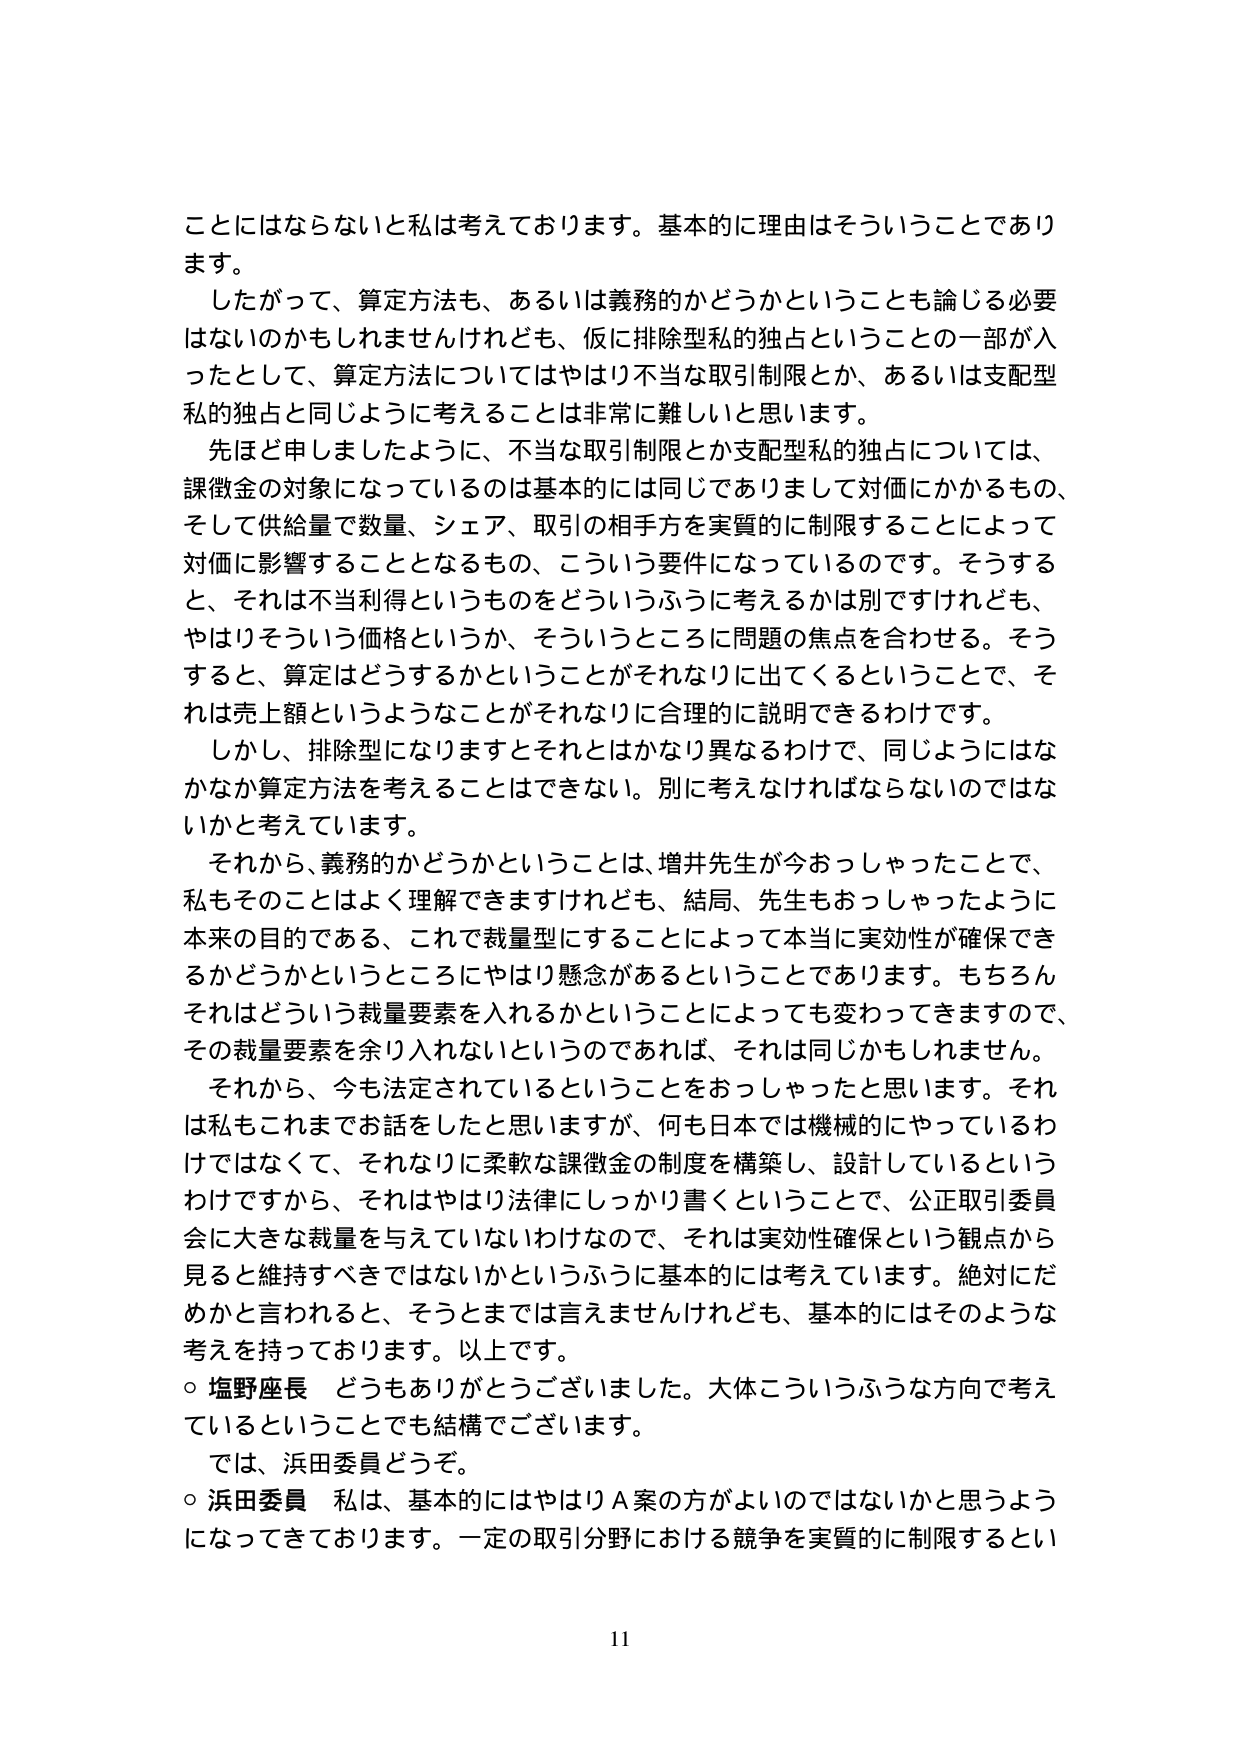
ことにはならないと私は考えております。基本的に理由はそういうことであります。
したがって、算定方法も、あるいは義務的かどうかということも論じる必要はないのかもしれませんが、仮に排除型私的独占ということの一部が入ったとして、算定方法についてはやはり不当な取引制限とか、あるいは支配型私的独占と同じように考えることは非常に難しいと思います。
先ほど申しましたように、不当な取引制限とか支配型私的独占については、課徴金の対象になっているのは基本的には同じでありまして対価にかかるもの、そして供給量で数量、シェア、取引の相手方を実質的に制限することによって対価に影響することとなるもの、こういう要件になっているのです。そうすると、それは不当利得というものをどういうふうに考えるかは別ですけれども、やはりそういう価格というか、そういうところに問題の焦点を合わせる。そうすると、算定はどうするかということがそれなりに出てくるということで、それは売上額というようなことがそれなりに合理的に説明できるわけです。
しかし、排除型になりますとそれとはかなり異なるわけで、同じようにはなかなか算定方法を考えることはできない。別に考えなければならないのではないかと考えています。
それから、義務的かどうかということは、増井先生が今おっしゃったことで、私もそのことはよく理解できますけれども、結局、先生もおっしゃったように本来の目的である、これで裁量型にすることによって本当に実効性が確保できるかどうかというところにやはり懸念があるということあります。もちろんそれはどういう裁量要素を入れるかということによっても変わってきますので、その裁量要素を余り入れないというのであれば、それは同じかもしれません。
それから、今も法定されているということをおっしゃったと思います。それは私もこれまでお話をしたと思いますが、何も日本では機械的にやっているわけではなくて、それなりに柔軟な課徴金の制度を構築し、設計しているというわけですから、それはやはり法律にしっかり書くということで、公正取引委員会に大きな裁量を与えていないわけなので、それは実効性確保という観点から見ると維持すべきではないかというふうに基本的には考えています。絶対にだめかと言われると、そうとまでは言えませんけれども、基本的にはそのような考えを持っております。以上です。
○ 塩野座長 どうもありがとうございました。大体こういうふうな方向で考えているということで結構でございます。
では、浜田委員どうぞ。
○ 浜田委員 私は、基本的にはやはりＡ案の方がよいのではないかと思うようになってきております。一定の取引分野における競争を実質的に制限するとい
11